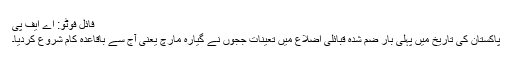
فائل فوٹو: اے ایف پی
پاکستان کی تاریخ میں پہلی بار ضم شدہ قبائلی اضلاع میں تعینات ججوں نے گیارہ مارچ یعنی آج سے باقاعدہ کام شروع کردیا۔